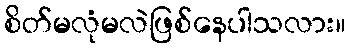
စိတ်မလုံမလဲဖြစ်နေပါသလား။